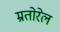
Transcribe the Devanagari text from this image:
म्रतोरेल